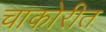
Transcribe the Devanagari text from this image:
चाकोरीत